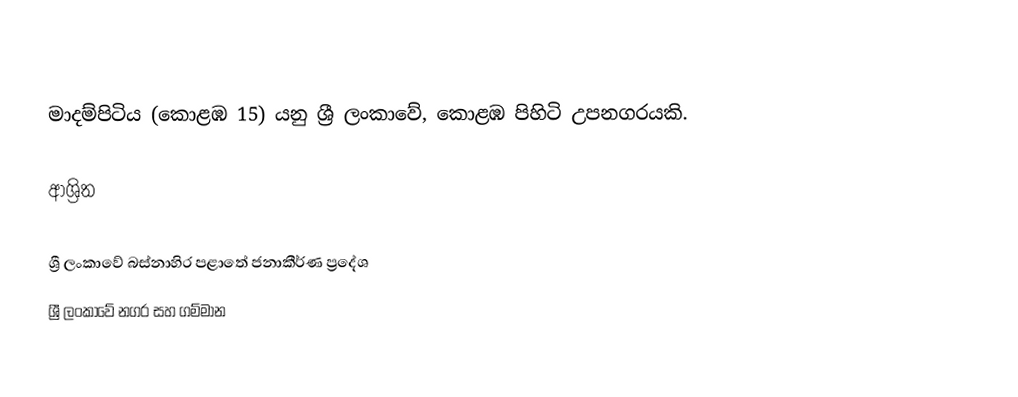
මාදම්පිටිය (කොළඹ 15) යනු ශ්‍රී ලංකාවේ, කොළඹ පිහිටි උපනගරයකි.

ආශ්‍රිත

ශ්‍රී ලංකාවේ බස්නාහිර පළාතේ ජනාකීර්ණ ප්‍රදේශ
ශ්‍රී ලංකාවේ නගර සහ ගම්මාන